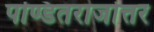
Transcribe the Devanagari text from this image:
पण्डितराजोत्तर